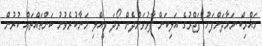
މަޣްރިބް ނަމާދަށްފަހު ފަޖްރުގެ އަލިކަން ފާޅުވަންދެން ރޯދަ ވީއްލި މަނާކުރެވުނު ކަންތައްތައް ކުރުން